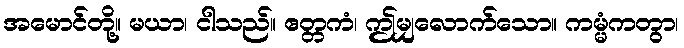
အမောင်တို့။ မယာ၊ ငါသည်။ ဧတ္တကံ၊ ဤမျှလောက်သော။ ကမ္မံကတွာ၊